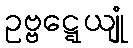
ဥဗ္ဗဋ္ဋေယျုံ